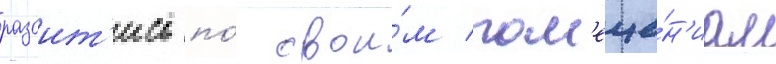
разоит'ись по́ свои́м пом'еще́н'иам